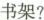
书架？